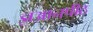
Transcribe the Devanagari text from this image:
ज्ञआनपीठ